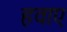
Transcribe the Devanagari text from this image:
हवाए